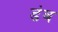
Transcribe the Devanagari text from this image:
डंब